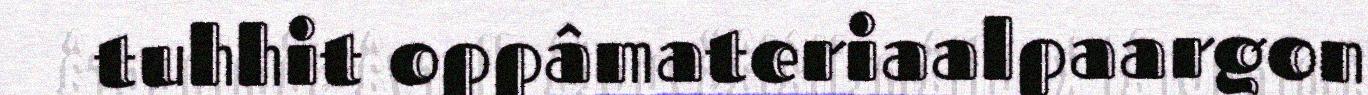
tuhhit oppâmateriaalpaargon